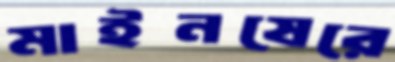
মাইনষেরে